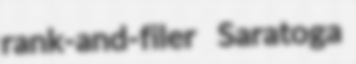
rank-and-filer Saratoga